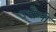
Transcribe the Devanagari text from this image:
उभौली